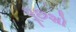
પૂછશો